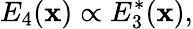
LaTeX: E_{4}(\mathbf{x})\propto E_{3}^{*}(\mathbf{x}),